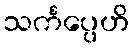
သင်္ကပ္ပေဟိ